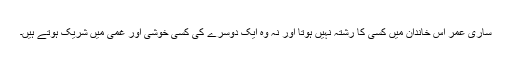
ساری عمر اس خاندان میں کسی کا رشتہ نہیں ہوتا اور نہ وہ ایک دوسرے کی کسی خوشی اور غمی میں شریک ہوتے ہیں۔